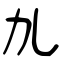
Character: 劜